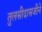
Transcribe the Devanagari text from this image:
तुलसीदासजीने